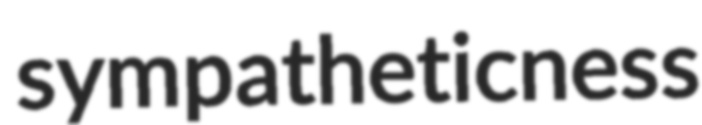
sympatheticness